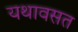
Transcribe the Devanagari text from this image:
यथावसत